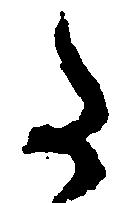
た